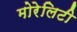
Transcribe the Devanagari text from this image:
मोरेलिटी